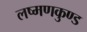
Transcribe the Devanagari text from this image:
लष्मणकुण्ड